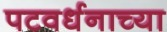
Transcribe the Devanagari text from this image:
पटवर्धनाच्या